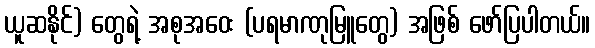
ယူဆနိုင်) တွေရဲ့ အစုအဝေး (ပရမာဏုမြူတွေ) အဖြစ် ဖော်ပြပါတယ်။